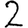
Digit: 2